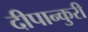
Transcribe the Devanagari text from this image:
दीपान्कुरी